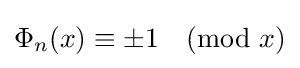
\Phi _{n}(x)\equiv \pm 1{\pmod {x}}